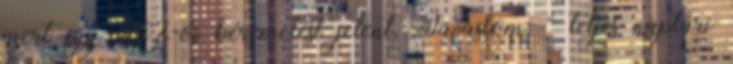
mert így 50%-os béremelést jelent. Javaslom: “ teljes naptári